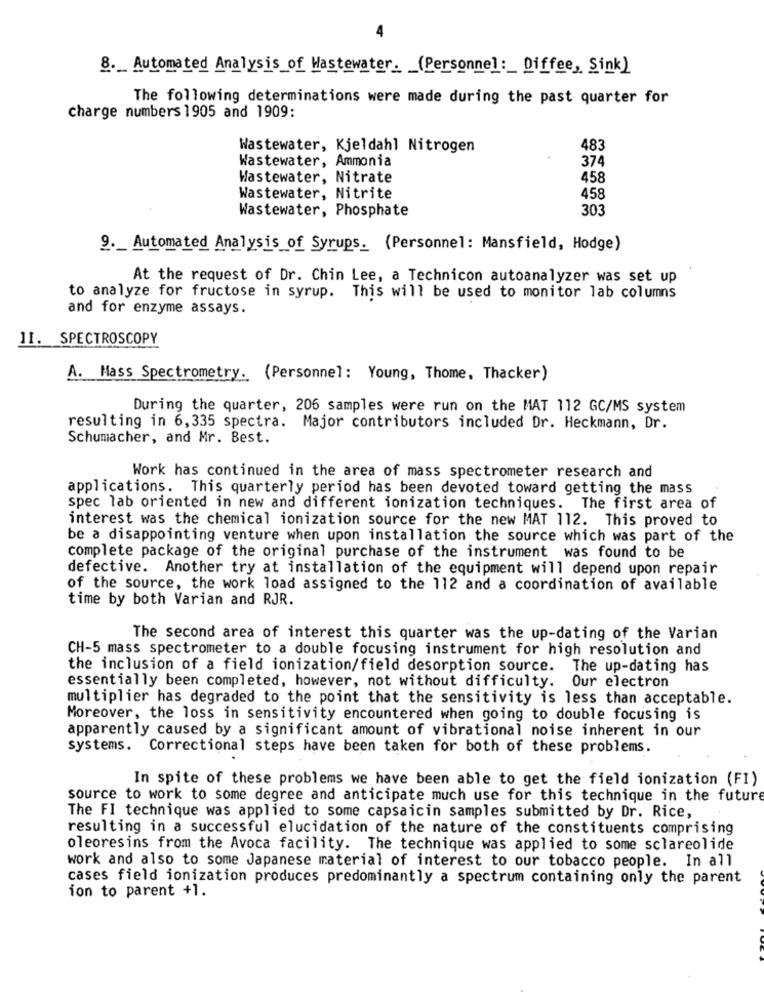
8 ._ Automated Analysis of Wastewater_ _ (Personnel :_ Diffee, Sink)
The following determinations were made during the past quarter for
charge numbers 1905 and 1909:
Wastewater, Kjeldahl Nitrogen
483
Wastewater, Ammonia
374
Wastewater, Nitrate
458
Wastewater, Nitrite
458
Wastewater, Phosphate
30
9 ._ Automated Analysis of Syrups. (Personnel: Mansfield, Hodge)
At the request of Dr. Chin Lee, a Technicon autoanalyzer was set up
to analyze for fructose in syrup. This will be used to monitor lab columns
and for enzyme assays.
11. SPECTROSCOPY
A. Mass Spectrometry. (Personnel: Young, Thome, Thacker)
During the quarter, 206 samples were run on the MAT 112 GC/MS system
resulting in 6,335 spectra. Major contributors included Dr. Heckmann, Dr.
Schumacher, and Mr. Best.
Work has continued in the area of mass spectrometer research and
applications. This quarterly period has been devoted toward getting the mass
spec lab oriented in new and different ionization techniques. The first area of
interest was the chemical ionization source for the new MAT 112. This proved to
be a disappointing venture when upon installation the source which was part of the
complete package of the original purchase of the instrument was found to be
defective. Another try at installation of the equipment will depend upon repair
of the source, the work load assigned to the 112 and a coordination of available
time by both Varian and RJR.
The second area of interest this quarter was the up-dating of the Varian
CH-5 mass spectrometer to a double focusing instrument for high resolution and
the inclusion of a field ionization/field desorption source. The up-dating has
essentially been completed, however, not without difficulty. Our electron
multiplier has degraded to the point that the sensitivity is less than acceptable.
Moreover, the loss in sensitivity encountered when going to double focusing is
apparently caused by a significant amount of vibrational noise inherent in our
systems. Correctional steps have been taken for both of these problems.
In spite of these problems we have been able to get the field ionization (FI)
source to work to some degree and anticipate much use for this technique in the future
The FI technique was applied to some capsaicin samples submitted by Dr. Rice,
resulting in a successful elucidation of the nature of the constituents comprising
oleoresins from the Avoca facility. The technique was applied to some sclareolide
work and also to some Japanese material of interest to our tobacco people. In all
cases field ionization produces predominantly a spectrum containing only the parent
ion to parent +1.